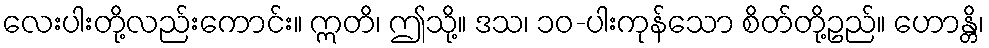
လေးပါးတို့လည်းကောင်း။ ဣတိ၊ ဤသို့။ ဒသ၊ ၁၀-ပါးကုန်သော စိတ်တို့ဥည်။ ဟောန္တိ၊